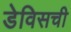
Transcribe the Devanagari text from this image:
डेविसची